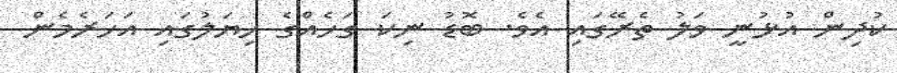
ކުދިން އުޅުނީ ވަލު ތެރޭގައި އެވެ. ބޮޑު ނިކަ ގަހެއްގެ ހިޔަލުގައި އަހަރެމެން